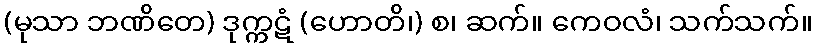
(မုသာ ဘဏိတေ) ဒုက္ကဋံ (ဟောတိ၊) စ၊ ဆက်။ ကေဝလံ၊ သက်သက်။